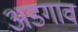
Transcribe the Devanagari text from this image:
अडगाव